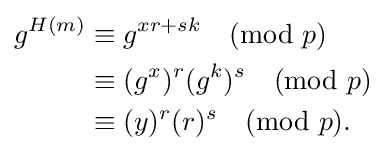
{\begin{aligned}g^{H(m)}&\equiv g^{xr+sk}{\pmod {p}}\\&\equiv (g^{x})^{r}(g^{k})^{s}{\pmod {p}}\\&\equiv (y)^{r}(r)^{s}{\pmod {p}}.\\\end{aligned}}